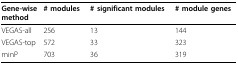
<table><thead><tr><td><b>Gene-wise method</b></td><td><b># modules</b></td><td><b># significant modules</b></td><td><b># module genes</b></td></tr></thead><tbody><tr><td>VEGAS-all</td><td>256</td><td>13</td><td>144</td></tr><tr><td>VEGAS-top</td><td>572</td><td>33</td><td>323</td></tr><tr><td>minP</td><td>703</td><td>36</td><td>319</td></tr></tbody></table>